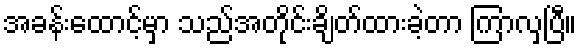
အခန်းထောင့်မှာ သည်အတိုင်းချိတ်ထားခဲ့တာ ကြာလှပြီ။